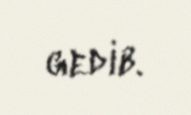
gedib.